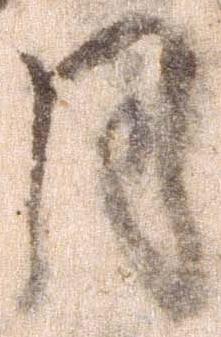
月